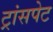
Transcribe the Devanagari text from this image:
ट्रांसपेट